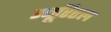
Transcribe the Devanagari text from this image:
म्यूरिएल